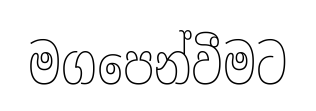
මගපෙන්වීමට